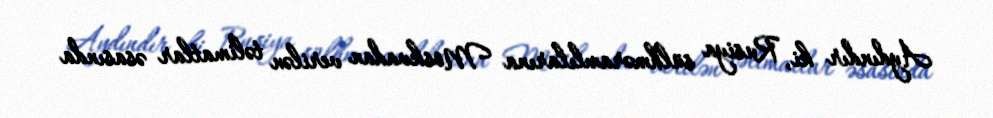
Aydındır ki, Rusiya sülhməramlılarına Moskvadan verilən təlimatlar əsasında